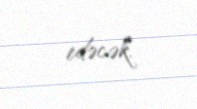
edəcək.